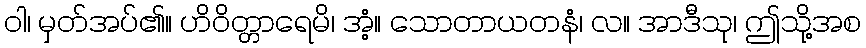
ဝါ၊ မှတ်အပ်၏။ ဟိဝိတ္တာရေမိ၊ အံ့။ သောတာယတနံ၊ လ။ အာဒီသု၊ ဤသို့အစ